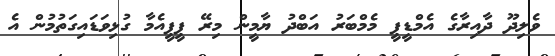
ވެލިދޫ ދާއިރާގެ އެމްޑީޕީ މެމްބަރު އަބްދު ޔާމީން މިރޭ ޕީޕީއެމާ ގުޅިވަޑައިގަތުމުން އެ